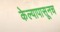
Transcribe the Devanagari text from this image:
केल्यापासूनच